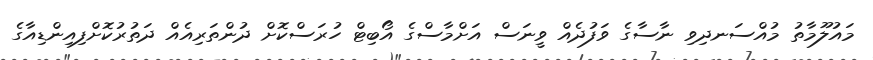
މައުލޫމާތު މުއްސަނދިވި ނާސާގެ ވަފުދެއް ވީނަސް އަށްމާސްގެ އޯބިޓް ހުރަސްކޮށް ދުންތަރިއެއް ދަތުރުކޮށްފިއިންޑިއާގެ